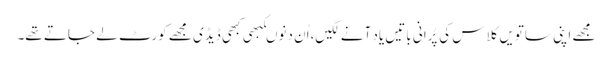
مجھے اپنی ساتویں کلاس کی پُرانی باتیں یاد آنے لگیں،اُن دنوںکبھی کبھی ڈیڈی مجھے کورٹ لے جاتے تھے۔